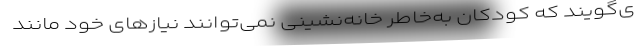
ی‌گویند که کودکان به‌خاطر خانه‌نشینی نمی‌توانند نیازهای خود مانند